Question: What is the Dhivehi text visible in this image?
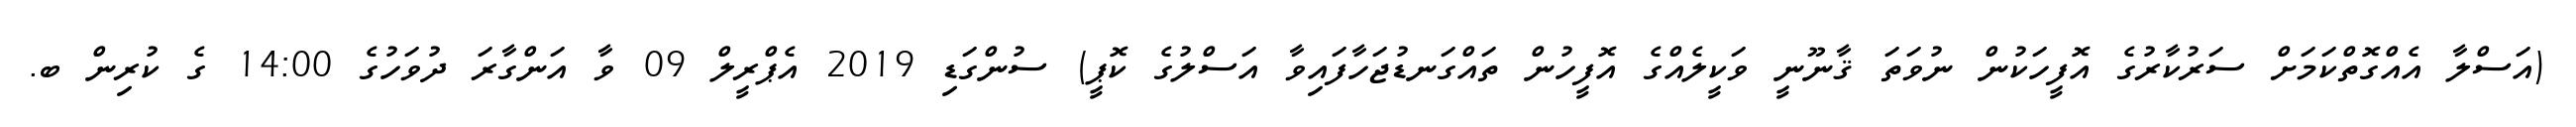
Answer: (އަސްލާ އެއްގޮތްކަމަށް ސަރުކާރުގެ އޮފީހަކުން ނުވަތަ ޤާނޫނީ ވަކީލެއްގެ އޮފީހުން ތައްގަނޑުޖަހާފައިވާ އަސްލުގެ ކޮޕީ) ސުންގަޑި 2019 އެޕްރީލް 09 ވާ އަންގާރަ ދުވަހުގެ 14:00 ގެ ކުރިން ބ.